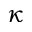
\kappa